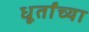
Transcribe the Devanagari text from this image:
धूर्तांच्या